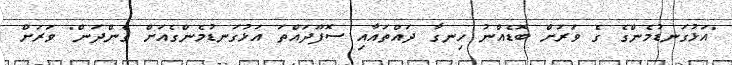
"އަޅުގަނޑުމެންގެ ގެ ވަރަށް ބޮޑެއްނު ހިނގާ ދައްތައާއި ސޮފޫދައްތަ އަޅުގަނޑުމެންގެއަށް ގެންދަން" ވަރަށް